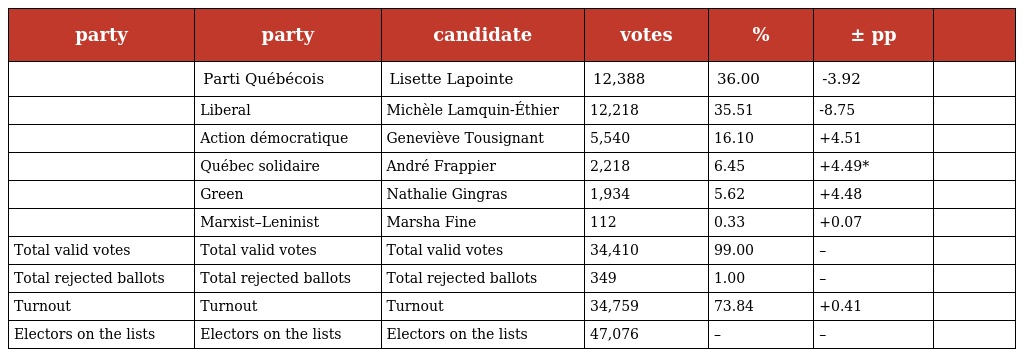
| party | party | candidate | votes | % | ± pp |  |
 | --- | --- | --- | --- | --- | --- | --- |
 |  | Parti Québécois | Lisette Lapointe | 12,388 | 36.00 | -3.92 |  |
 |  | Liberal | Michèle Lamquin-Éthier | 12,218 | 35.51 | -8.75 |  |
 |  | Action démocratique | Geneviève Tousignant | 5,540 | 16.10 | +4.51 |  |
 |  | Québec solidaire | André Frappier | 2,218 | 6.45 | +4.49* |  |
 |  | Green | Nathalie Gingras | 1,934 | 5.62 | +4.48 |  |
 |  | Marxist–Leninist | Marsha Fine | 112 | 0.33 | +0.07 |  |
 | Total valid votes | Total valid votes | Total valid votes | 34,410 | 99.00 | – |  |
 | Total rejected ballots | Total rejected ballots | Total rejected ballots | 349 | 1.00 | – |  |
 | Turnout | Turnout | Turnout | 34,759 | 73.84 | +0.41 |  |
 | Electors on the lists | Electors on the lists | Electors on the lists | 47,076 | – | – |  |